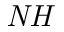
\mathit { N H }